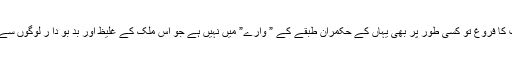
اہم ترین امر تو یہ ہے کہ جمہوریت کا فروغ تو کسی طور پر بھی یہاں کے حکمران طبقے کے ” وارے” میں نہیں ہے جو اِس ملک کے غلیظ اور بد بو دا ر لوگوں سے کوسوں دور کا فاصلہ رکھتے ہیں۔